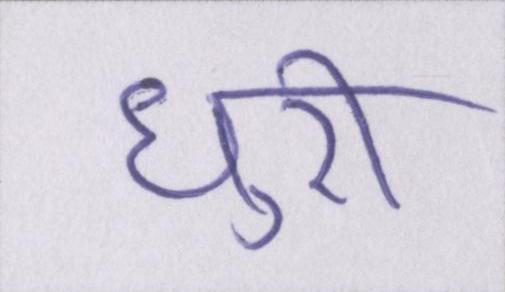
धुरी